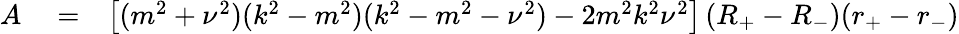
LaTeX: \begin{array}{rlr}{A}&{{}=}&{\left[(m^{2}+\nu^{2})(k^{2}-m^{2})(k^{2}-m^{2}-\nu^{2})-2m^{2}k^{2}\nu^{2}\right]\, (R_{+}-R_{-})(r_{+}-r_{-})}\end{array}